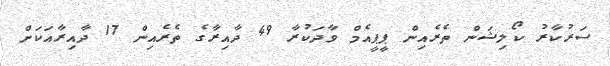
ސަރުކާރު ކޯލިޝަން ތެރެއިން ޕީޕީއެމް ވާދަކުރާ 49 ދާއިރާގެ ތެރެއިން 17 ދާއިރާއަކަށް